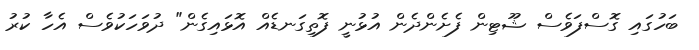
ބަހުގައި ގޮސްފަވެސް ޝޫޓިން ފެށެންދެން އުޅުނީ ފޮތިގަނޑެއް އޮޅައިގެން" ދުވަހަކުވެސް އެހާ ކުރު